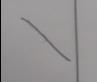
Signature authenticity: forged